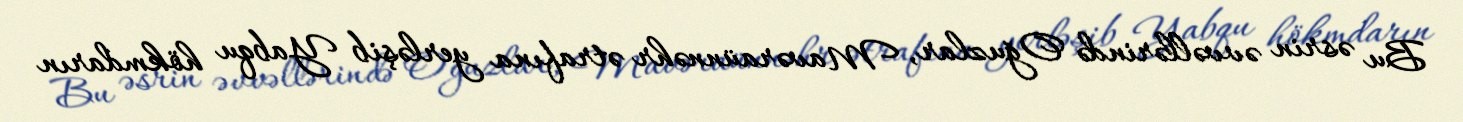
Bu əsrin əvvəllərində Oğuzlar, Mavəraünnəhr ətrafına yerləşib Yabqu hökmdarın